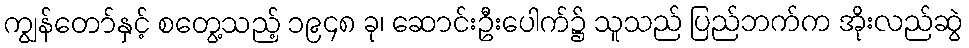
ကျွန်တော်နှင့် စတွေ့သည့် ၁၉၄၈ ခု၊ ဆောင်းဦးပေါက်၌ သူသည် ပြည်ဘက်က အိုးလည်ဆွဲ